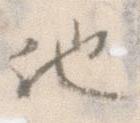
他